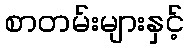
စာတမ်းများနှင့်